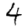
Digit: 4